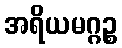
အရိယမဂ္ဂဉ္စ